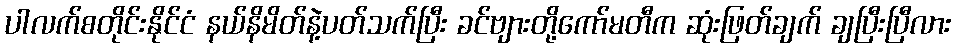
ပါလက်စတိုင်းနိုင်ငံ နယ်နိမိတ်နဲ့ပတ်သက်ပြီး ခင်ဗျားတို့ကော်မတီက ဆုံးဖြတ်ချက် ချပြီးပြီလား